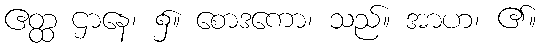
ဧတ္ထ ဌာနေ၊ ၌။ စောဒကော၊ သည်။ အာဟ၊ ၏။